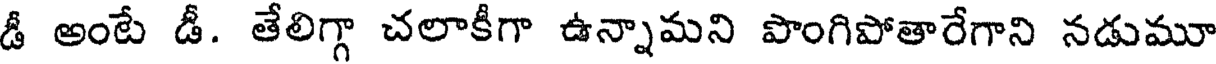
డీ అంటే డీ. తేలిగ్గా చలాకీగా ఉన్నామని పొంగిపోతారేగాని నడుమూ